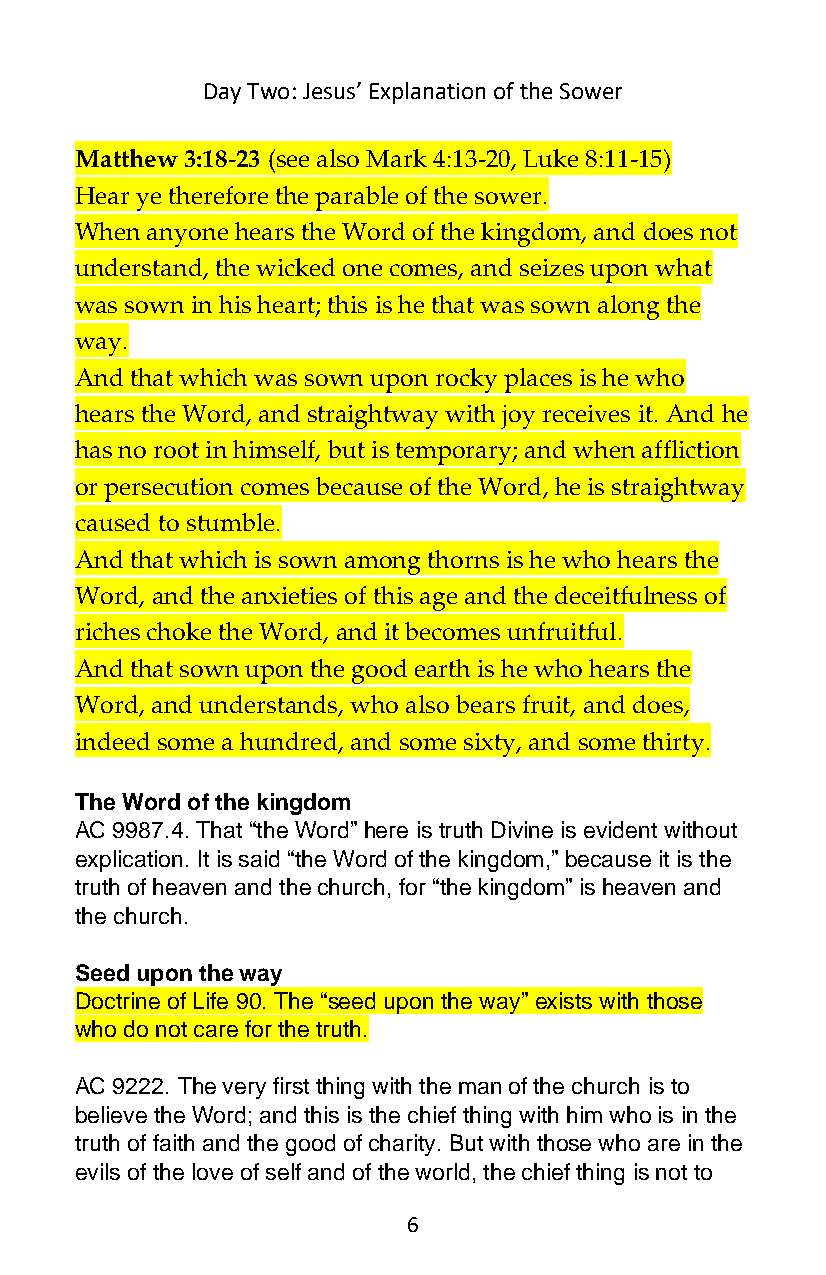
Day Two: Jesus’ Explanation of the Sower
 Matthew 3:18-23 (see also Mark 4:13-20, Luke 8:11-15)
 Hear ye therefore the parable of the sower.
 When anyone hears the Word of the kingdom, and does not
 understand, the wicked one comes, and seizes upon what
 was sown in his heart; this is he that was sown along the
 way.
 And that which was sown upon rocky places is he who
 hears the Word, and straightway with joy receives it. And he
 has no root in himself, but is temporary; and when affliction
 or persecution comes because of the Word, he is straightway
 caused to stumble.
 And that which is sown among thorns is he who hears the
 Word, and the anxieties of this age and the deceitfulness of
 riches choke the Word, and it becomes unfruitful.
 And that sown upon the good earth is he who hears the
 Word, and understands, who also bears fruit, and does,
 indeed some a hundred, and some sixty, and some thirty.
 The Word of the kingdom
 AC 9987.4. That “the Word” here is truth Divine is evident without
 explication. It is said “the Word of the kingdom,” because it is the
 truth of heaven and the church, for “the kingdom” is heaven and
 the church.
 Seed upon the way
 Doctrine of Life 90. The “seed upon the way” exists with those
 who do not care for the truth.
 AC 9222. The very first thing with the man of the church is to
 believe the Word; and this is the chief thing with him who is in the
 truth of faith and the good of charity. But with those who are in the
 evils of the love of self and of the world, the chief thing is not to
 6